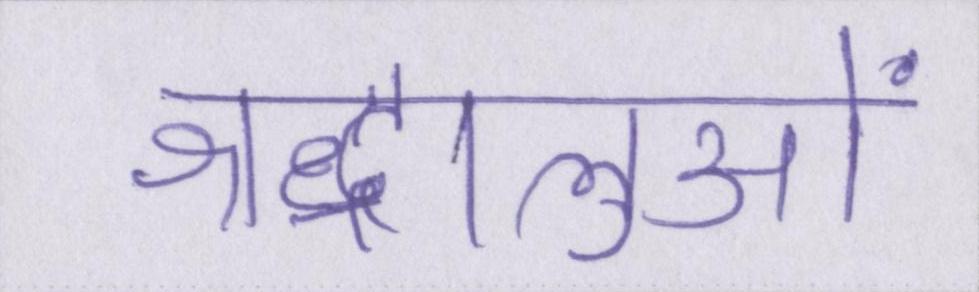
श्रद्धालुओं